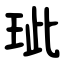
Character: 玼